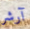
آرشر